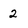
Character: 2